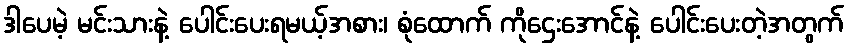
ဒါပေမဲ့ မင်းသားနဲ့ ပေါင်းပေးရမယ့်အစား၊ စုံထောက် ကိုဌေးအောင်နဲ့ ပေါင်းပေးတဲ့အတွက်